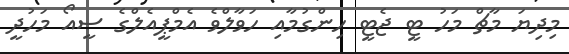
މިދިޔަ މާޗް މަހު ޓީ ޖެޓީ ހިންގުމާއި ހަވާލްވެ އެމްޕީއެލްގެ ސީއޯ މަހުދީ